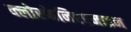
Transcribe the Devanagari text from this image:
क्लोरफेनिरएमाइन